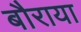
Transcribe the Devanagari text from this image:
बौराया